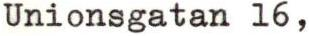
Unionsgatan 16,